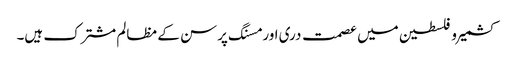
کشمیر و فلسطین میں عصمت دری اور مسنگ پرسن کے مظالم مشترک ہیں۔